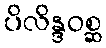
ပိလိန္ဒဝစ္ဆ